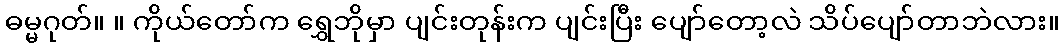
ဓမ္မဂုတ်။ ။ ကိုယ်တော်က ရွှေဘိုမှာ ပျင်းတုန်းက ပျင်းပြီး ပျော်တော့လဲ သိပ်ပျော်တာဘဲလား။